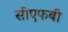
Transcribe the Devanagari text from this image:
सीएफबी